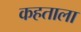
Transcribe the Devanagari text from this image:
कहताला